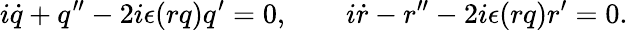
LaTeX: i\dot{q}+q^{\prime\prime}-2i\epsilon(rq)q^{\prime}=0,\qquad i\dot{r}-r^{\prime\prime}-2i\epsilon(rq)r^{\prime}=0.